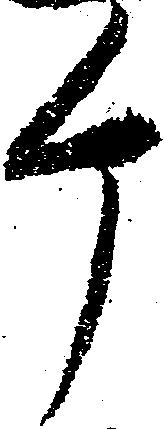
ケ